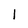
Character: l